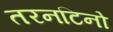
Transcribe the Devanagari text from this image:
तरनटिनो